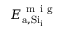
E _ { \mathrm { a , S i _ { \mathrm { i } } } } ^ { \mathrm { ~ m ~ i ~ g ~ } }